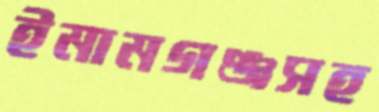
ইমামগঞ্জসহ